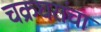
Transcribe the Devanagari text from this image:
चक्रघरांचा